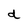
Character: d